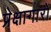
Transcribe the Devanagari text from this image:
प्रेक्षागारों